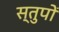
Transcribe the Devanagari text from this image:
स्तुपों